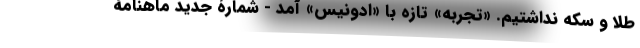
طلا و سکه نداشتیم. «تجربه» تازه با «ادونیس» آمد - شمارۀ جدید ماهنامۀ